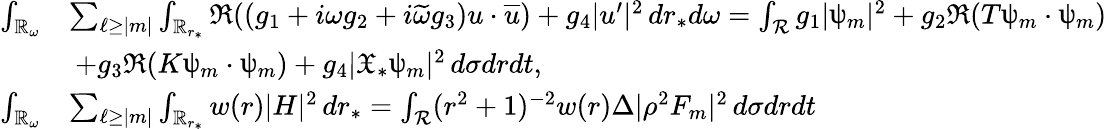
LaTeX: \begin{array}{rl}{\int_{\mathbb{R}_{\omega}}}&{\sum_{\ell\geq|m|}\int_{\mathbb{R}_{r_{*}}}\Re((g_{1}+i\omega g_{2}+i\widetilde{\omega}g_{3})u\cdot\overline{{u}})+g_{4}|u^{\prime}|^{2}\, dr_{*}d\omega=\int_{\mathcal{R}}g_{1}|\uppsi_{m}|^{2}+g_{2}\Re(T\uppsi_{m}\cdot\uppsi_{m})}\\ &{\: +g_{3}\Re(K\uppsi_{m}\cdot\uppsi_{m})+g_{4}|{\mathfrak{X}}_{*}\uppsi_{m}|^{2}\, d\sigma drdt,}\\ {\int_{\mathbb{R}_{\omega}}}&{\sum_{\ell\geq|m|}\int_{\mathbb{R}_{r_{*}}}w(r)|H|^{2}\, dr_{*}=\int_{\mathcal{R}}(r^{2}+1)^{-2}w(r)\Delta|\rho^{2}F_{m}|^{2}\, d\sigma drdt}\end{array}